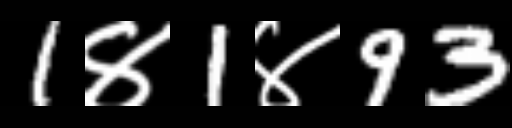
Text: 1४1४93